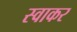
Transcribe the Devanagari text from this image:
स्वाकर